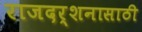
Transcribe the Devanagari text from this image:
राजदर्शनासाठी